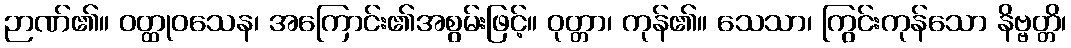
ဉာဏ်၏။ ဝတ္ထုဝသေန၊ အကြောင်း၏အစွမ်းဖြင့်။ ဝုတ္တာ၊ ကုန်၏။ သေသာ၊ ကြွင်းကုန်သော နိဗ္ဗတ္တိ၊